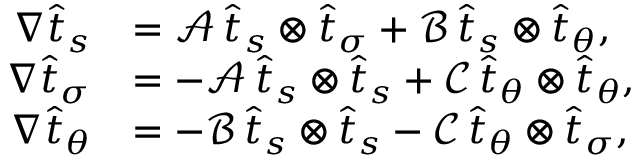
\begin{array} { r l } { \nabla \widehat { t } _ { s } } & { = \mathcal { A } \, \widehat { t } _ { s } \otimes \widehat { t } _ { \sigma } + \mathcal { B } \, \widehat { t } _ { s } \otimes \widehat { t } _ { \theta } , } \\ { \nabla \widehat { t } _ { \sigma } } & { = - \mathcal { A } \, \widehat { t } _ { s } \otimes \widehat { t } _ { s } + \mathcal { C } \, \widehat { t } _ { \theta } \otimes \widehat { t } _ { \theta } , } \\ { \nabla \widehat { t } _ { \theta } } & { = - \mathcal { B } \, \widehat { t } _ { s } \otimes \widehat { t } _ { s } - \mathcal { C } \, \widehat { t } _ { \theta } \otimes \widehat { t } _ { \sigma } , } \end{array}